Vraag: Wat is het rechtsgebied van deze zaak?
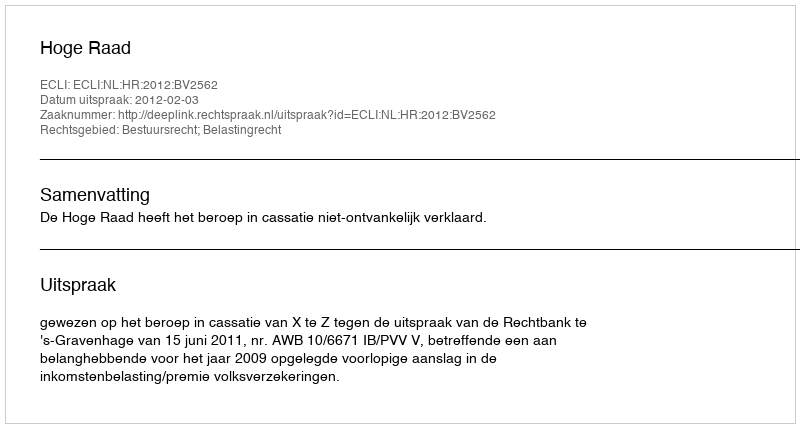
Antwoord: Bestuursrecht; Belastingrecht